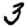
Digit: 3